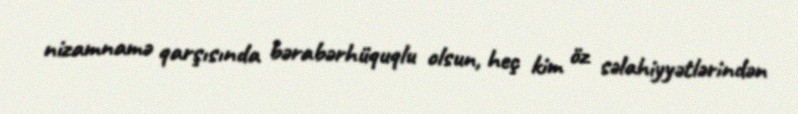
nizamnamə qarşısında bərabərhüquqlu olsun, heç kim öz səlahiyyətlərindən